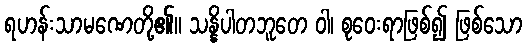
ရဟန်းသာမဏေတို့၏။ သန္နိပါတဘူတေ ဝါ၊ စုဝေးရာဖြစ်၍ ဖြစ်သော